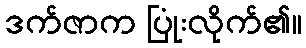
ဒက်ဇာက ပြုံးလိုက်၏။